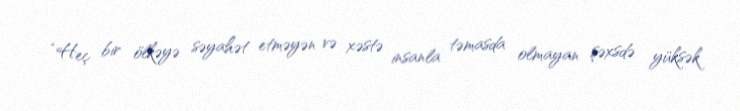
“Heç bir ölkəyə səyahət etməyən və xəstə insanla təmasda olmayan şəxsdə yüksək